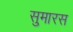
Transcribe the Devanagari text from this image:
सुमारस